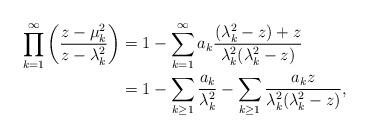
LaTeX: \begin{align*}\prod_{k=1}^{\infty} \left( \frac{z- \mu_k^2 }{z-\lambda_k^2 } \right) &= 1-\sum\limits_{k=1}^{\infty}a_{k}\frac{(\lambda_{k}^2-z)+z}{\lambda_{k}^2(\lambda_{k}^2-z)} \\&= 1-\sum\limits_{k \geq 1}\frac{a_k}{\lambda_k^2} - \sum\limits_{k \geq 1}\frac{a_k z}{\lambda_k^2 (\lambda_k^2 -z)} ,\end{align*}